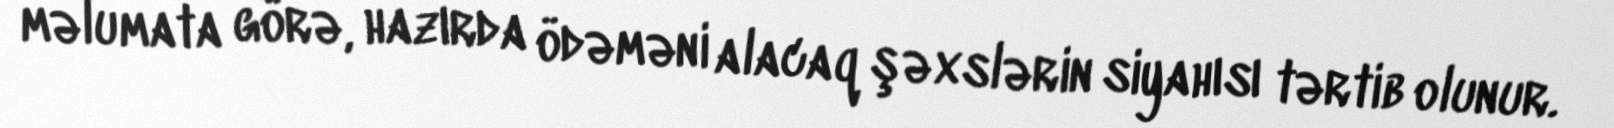
məlumata görə, hazırda ödəməni alacaq şəxslərin siyahısı tərtib olunur.